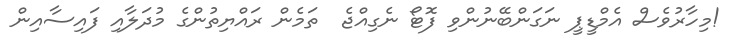
!މިހާރުވެސް އެމްޑީޕީ ނަގަންބޭނުންވި ފޮޓޯ ނެގިއްޖެ  ތަމެން ރައްޔިތުންގެ މުދަލާއި ފައިސާއިން